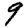
Digit: 9